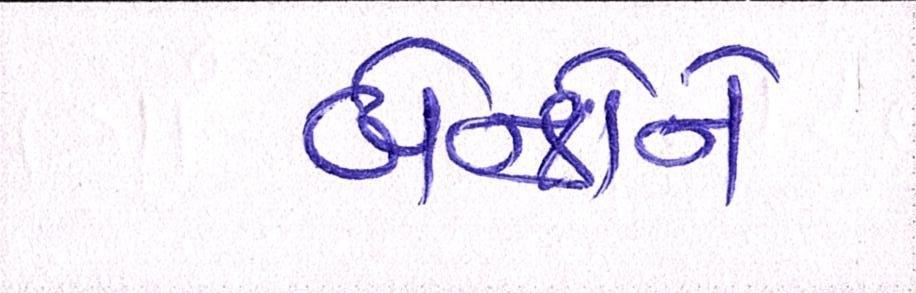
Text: બેન્કોને